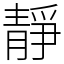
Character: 靜